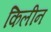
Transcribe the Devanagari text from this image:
किलीन